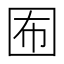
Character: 𡇊